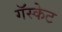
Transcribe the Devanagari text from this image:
गॅस्केट